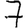
Digit: 7